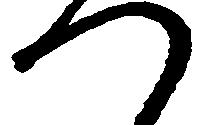
つ